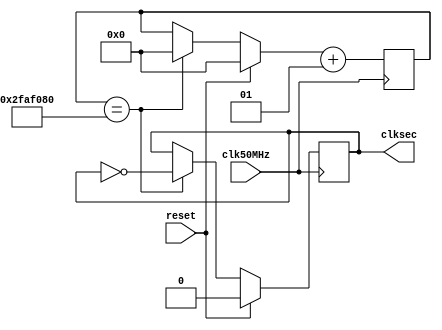
module clk_gen(
        input clk50MHz,
        input reset,
        output reg clksec
);

    reg clk_5KHz;
    integer count;
    integer count1;
  
    always@(posedge clk50MHz) begin
        if (reset) begin
            count = 0;
            count1 = 0;
            clksec = 0;
            clk_5KHz =0;
        end else begin
            if (count == 50000000) begin
                // Just toggle after certain number of seconds
                clksec = ~clksec;
                count = 0;
            end
        end
        if (count1 == 20000) begin
            clk_5KHz = ~clk_5KHz;
            count1 = 0;
        end
        count = count + 1;
        count1 = count1 + 1;
    end

endmodule